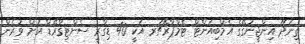
ތިނަދޫ އިންޖީނުގޭގެ އެމްބިއަންޓް ޓެމްޕްރޭޗަރ އަކީ 40 ޑިގްރީ ސެންޓިގްރޭޑް އަށް ވުރެން